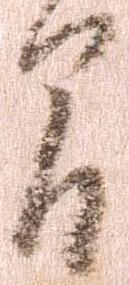
間